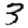
Digit: 3